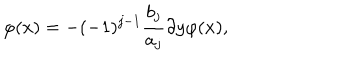
\varphi ( x ) = - ( - 1 ) ^ { j - 1 } \frac { b _ { j } } { a _ { j } } \partial y \varphi ( x ) ,